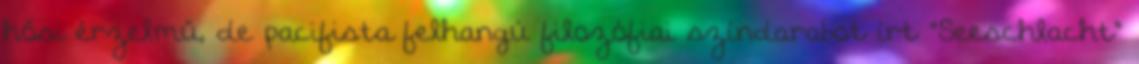
hősi érzelmű, de pacifista felhangú filozófiai színdarabot írt "Seeschlacht"